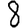
Digit: 8